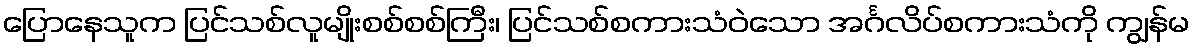
ပြောနေသူက ပြင်သစ်လူမျိုးစစ်စစ်ကြီး၊ ပြင်သစ်စကားသံဝဲသော အင်္ဂလိပ်စကားသံကို ကျွန်မ